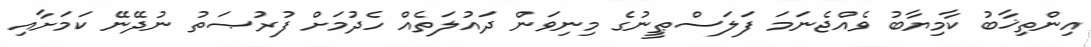
އިންތިޚާބު ކާމިޔާބު ވެއްޖެނަމަ ފަލަސްޠީނުގެ މިނިވަން ދައުލަތެއް ހެދުމަށް ފުރުޞަތު ނުދޭނޭ ކަމަށާއި